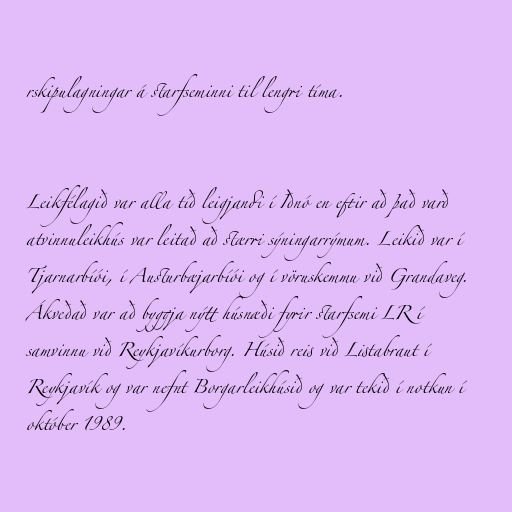
rskipulagningar á starfseminni til lengri tíma.

Leikfélagið var alla tíð leigjandi í Iðnó en eftir að það varð
atvinnuleikhús var leitað að stærri sýningarrýmum. Leikið var í
Tjarnarbíói, í Austurbæjarbíói og í vöruskemmu við Grandaveg.
Ákveðað var að byggja nýtt húsnæði fyrir starfsemi LR í
samvinnu við Reykjavíkurborg. Húsið reis við Listabraut í
Reykjavík og var nefnt Borgarleikhúsið og var tekið í notkun í
október 1989.